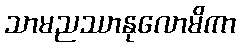
သာမညဿာနုလောမိကာ